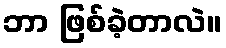
ဘာ ဖြစ်ခဲ့တာလဲ။